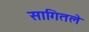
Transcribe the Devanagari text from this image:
सागितले